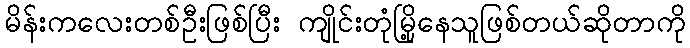
မိန်းကလေးတစ်ဦးဖြစ်ပြီး ကျိုင်းတုံမြို့နေသူဖြစ်တယ်ဆိုတာကို